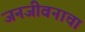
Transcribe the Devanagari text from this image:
जनजीवनाचा